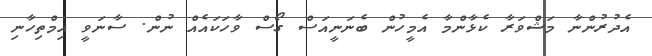
އެދުރުންނާ މަޝްވަރާ ކެޅާންމާ އެމީހުން ބެނަނީއަސް ގޯސް ވާހަކައެއް ނުން. ސާނަވީ އިމްތިހާނި